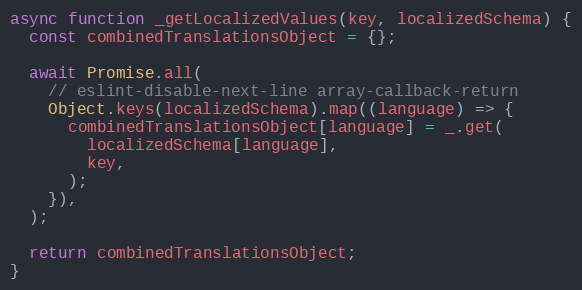
Language: JavaScript
async function _getLocalizedValues(key, localizedSchema) {
  const combinedTranslationsObject = {};

  await Promise.all(
    // eslint-disable-next-line array-callback-return
    Object.keys(localizedSchema).map((language) => {
      combinedTranslationsObject[language] = _.get(
        localizedSchema[language],
        key,
      );
    }),
  );

  return combinedTranslationsObject;
}